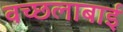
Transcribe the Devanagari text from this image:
वच्छलाबाई